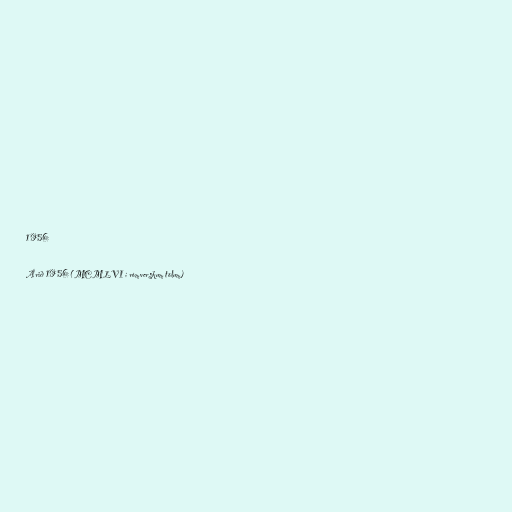
1956

Árið 1956 (MCMLVI í rómverskum tölum)